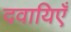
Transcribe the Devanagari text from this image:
दवायिएँ